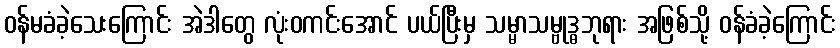
ဝန်မခံခဲ့သေးကြောင်း အဲဒါတွေ လုံးဝကင်းအောင် ပယ်ပြီးမှ သမ္မာသမ္ဗုဒ္ဓဘုရား အဖြစ်သို့ ဝန်ခံခဲ့ကြောင်း